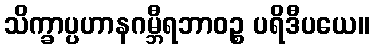
သိက္ခာပ္ပဟာနဂမ္ဘီရဘာဝဉ္စ ပရိဒီပယေ။